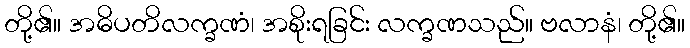
တို့၏။ အဓိပတိလက္ခဏံ၊ အစိုးရခြင်း လက္ခဏသည်။ ဗလာနံ၊ တို့၏။